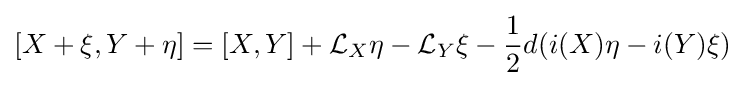
[X+\xi ,Y+\eta ]=[X,Y]+{\mathcal {L}}_{X}\eta -{\mathcal {L}}_{Y}\xi -{\frac {1}{2}}d(i(X)\eta -i(Y)\xi )